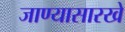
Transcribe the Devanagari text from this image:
जाण्यासारखे